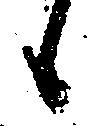
候